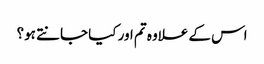
اس کے علاوہ تم اور کیا جانتے ہو؟